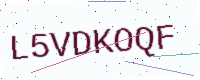
Text: L5VDKOQF